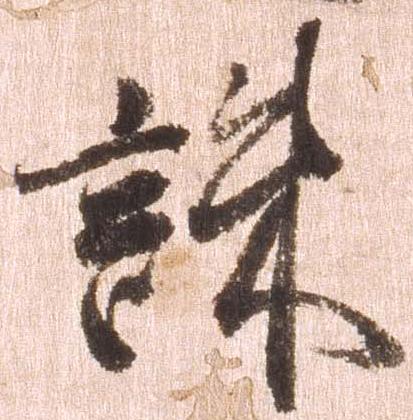
誅